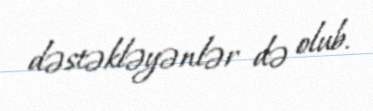
dəstəkləyənlər də olub.